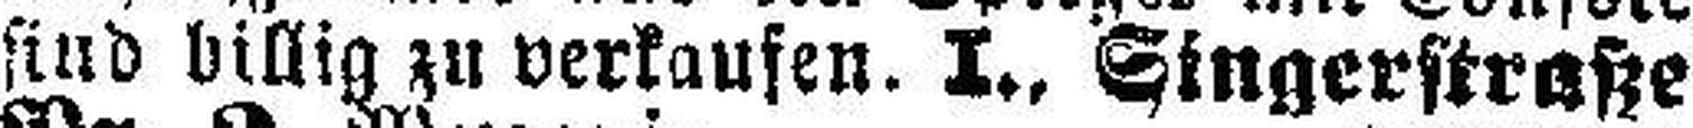
sind billig zu verkaufen. I., Singerstraße